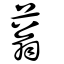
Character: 蓊